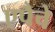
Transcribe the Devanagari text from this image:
एपैचे